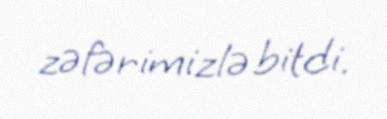
zəfərimizlə bitdi.